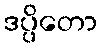
ဒပ္ပိတော